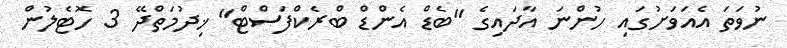
ނުވަތަ އެއަވަށުގައި ހުންނަ އާދައިގެ "ބެޑް އެންޑް ބްރެކްފަސްޓް" ޚިދުމަތްދޭ 3 ހޮޓެލުން